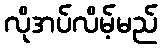
လိုအပ်လိမ့်မည်